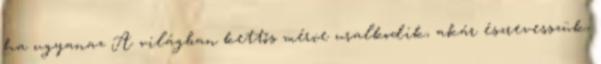
ha ugyanaz A világban kettős mérce uralkodik, akár észrevesszük,